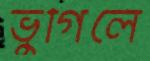
ভুগিলে